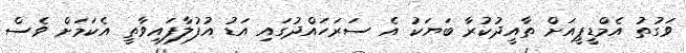
ވަގުތު އެމްޑީޕީއަށް ތާއީދުކުރާ ބަޔަކު އެ ސަރަހައްދުގައި އަޑު އުފުލާފައިވާތީ އެކަމަށް ވެސް